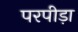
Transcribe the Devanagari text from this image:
परपीड़ा